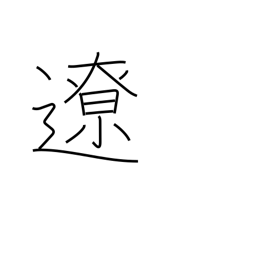
Meaning: distant